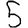
Digit: 5